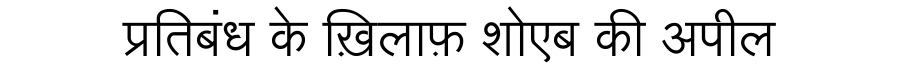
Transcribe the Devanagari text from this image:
प्रतिबंध के ख़िलाफ़ शोएब की अपील